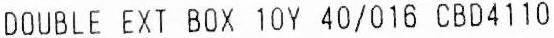
DOUBLE EXT BOX 10Y 40/016 CBD4110